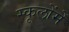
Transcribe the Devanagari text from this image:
स्कूलोंमें